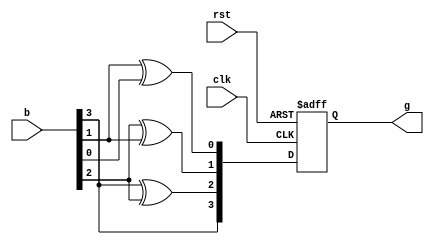
module pes_binary_to_gray_converter(
    input wire clk,
    input wire rst,
    input wire [3:0] b,
    output wire [3:0] g
);

reg [3:0] g_reg;

always @(posedge clk or posedge rst) begin
    if (rst) begin
        g_reg <= 4'b0;
    end else begin
        g_reg[0] <= b[1] ^ b[0];
        g_reg[1] <= b[2] ^ b[1];
        g_reg[2] <= b[3] ^ b[2];
        g_reg[3] <= b[3];
    end
end

assign g = g_reg;

endmodule